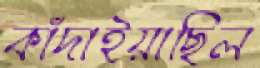
কাঁদাইয়াছিল